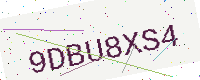
Text: 9DBU8XS4